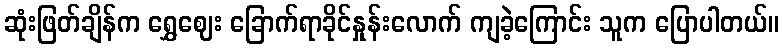
ဆုံးဖြတ်ချိန်က ရွှေဈေး ခြောက်ရာခိုင်နှုန်းလောက် ကျခဲ့ကြောင်း သူက ပြောပါတယ်။